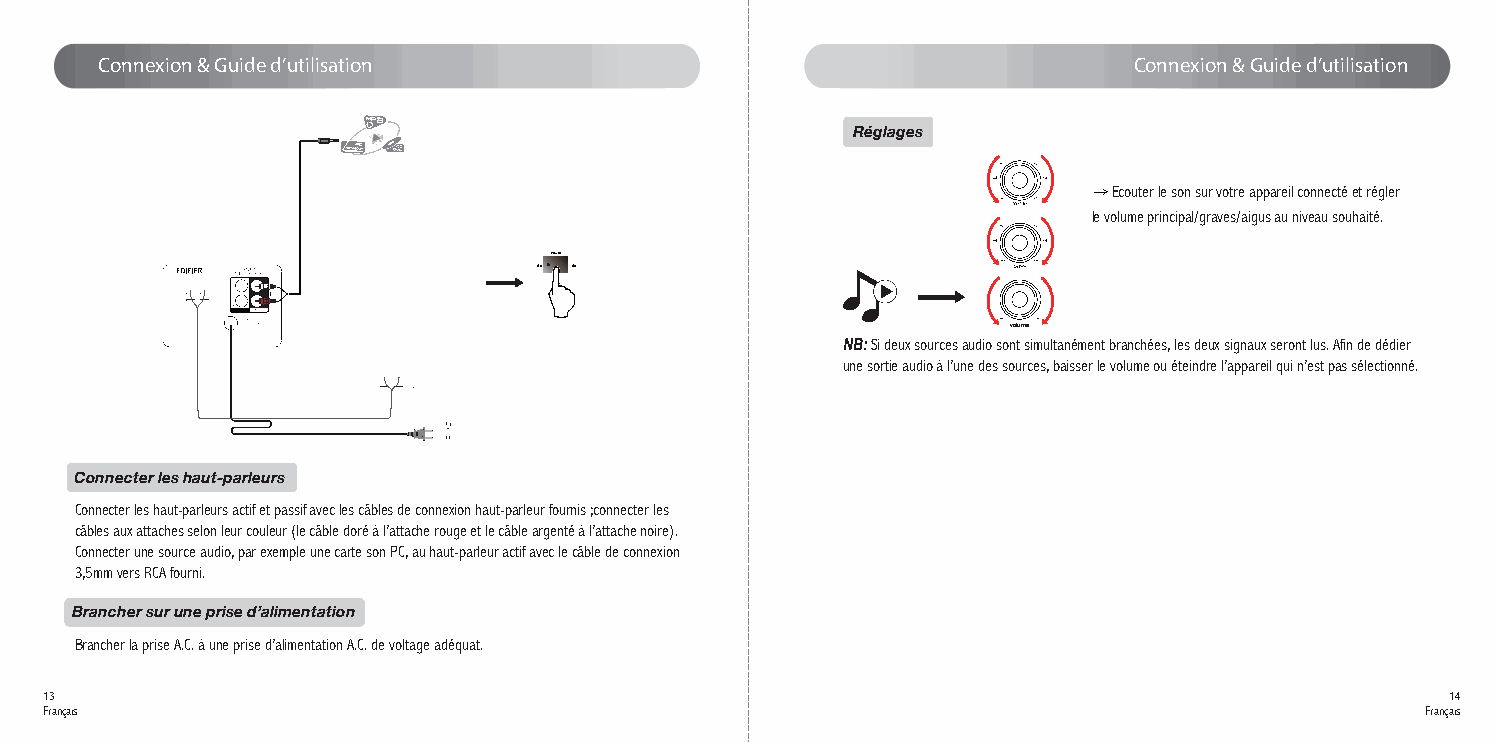
Connexion & Guide d’utilisation                                     Connexion & Guide d’utilisation
 Réglages
 → Ecouter le son sur votre appareil connecté et régler
 le volume principal/graves/aigus au niveau souhaité.
 Power
 On Off
 volume
 NB:Si deux sources audio sont simultanément branchées, les deux signaux seront lus. Afin de dédier
 une sortie audio à l’une des sources, baisser le volume ou éteindre l’appareil qui n’est pas sélectionné.
 Connecter les haut-parleurs
 Connecter les haut-parleurs actif et passif avec les câbles de connexion haut-parleur fournis ;connecter les
 câbles aux attaches selon leur couleur (le câble doré à l’attache rouge et le câble argenté à l’attache noire).
 Connecter une source audio, par exemple une carte son PC, au haut-parleur actif avec le câble de connexion
 3,5mm vers RCA fourni.
 Brancher sur une prise d’alimentation
 Brancher la prise A.C. à une prise d’alimentation A.C. de voltage adéquat.
 13                                                                                           14
 Français                                                                                   Français